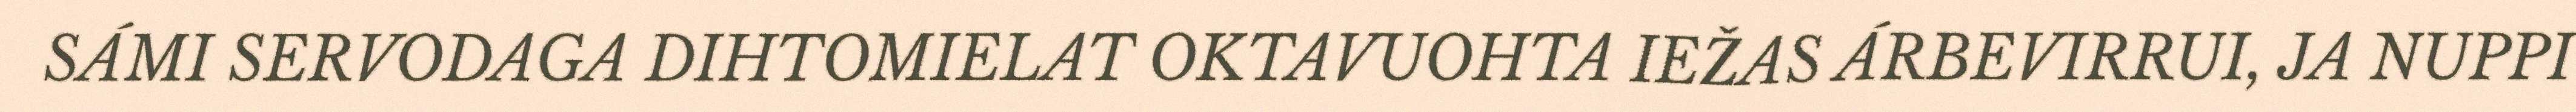
SÁMI SERVODAGA DIHTOMIELAT OKTAVUOHTA IEŽAS ÁRBEVIRRUI, JA NUPPI